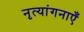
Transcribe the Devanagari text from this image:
नृत्यांगनाएँ